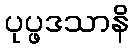
ပုပ္ဖဒသာနိ